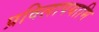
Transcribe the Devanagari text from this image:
प्रविलापयामि